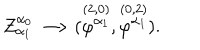
LaTeX: Z _ { \alpha _ { 1 } } ^ { \alpha _ { 0 } } \longrightarrow ( \stackrel { ( 2 , 0 ) } { \varphi ^ { \alpha _ { 1 } } } , \stackrel { ( 0 , 2 ) } { \varphi ^ { \alpha _ { 1 } } } ) .